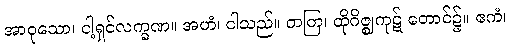
အာဝုသော၊ ငါ့ရှင်လက္ခဏ။ အဟံ၊ ငါသည်။ တတြ၊ ထိုဂိဇ္ဈကုဋ် တောင်၌။ ဧကံ၊